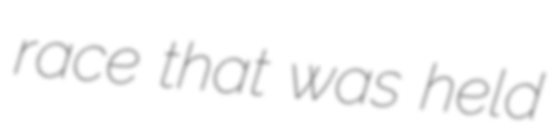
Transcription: race that was held